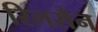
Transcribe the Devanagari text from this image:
रिलसैन